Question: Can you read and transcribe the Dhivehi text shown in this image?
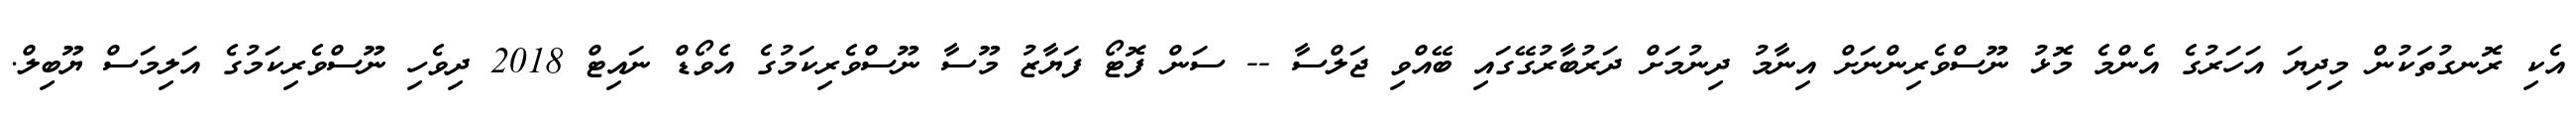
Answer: އެކި ރޮނގުތަކުން މިދިޔަ އަހަރުގެ އެންމެ މޮޅު ނޫސްވެރިންނަށް އިނާމު ދިނުމަށް ދަރުބާރުގޭގައި ބޭއްވި ޖަލްސާ -- ސަން ފޮޓޯ ފަޔާޒު މޫސާ ނޫސްވެރިކަމުގެ އެވޯޑް ނައިޓް 2018 ދިވެހި ނޫސްވެރިކަމުގެ އަލިމަސް ޔޫބިލް.